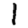
Digit: 1